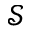
{ \mathcal S }